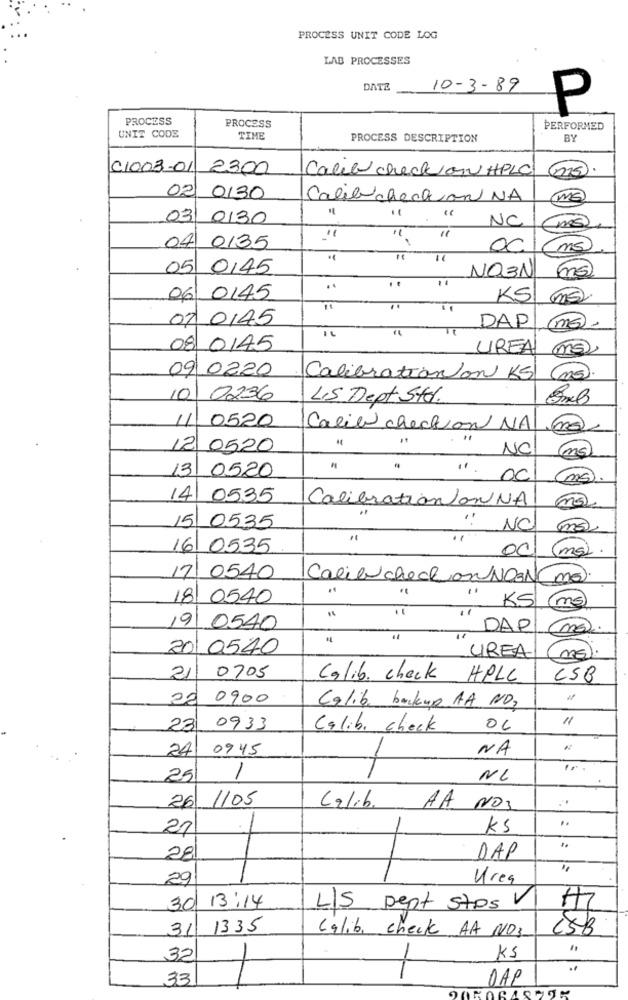
PROCESS UNIT CODE LOG
LAB PROCESSES
DATE
10-3-89
P
PROCESS
PROCESS
PERFORMED
UNIT CODE
TIME
PROCESS DESCRIPTION
BY
01003-01
2300
Caleb check on HPLC
02
0130
Calib chechian NA
Ma
03 0130
NC
04 0135
00
ms
"1
05
0,45
NO3N
ms)
..
..
06 0145
KS
ms
07 0145
- 11
DAP (MG).
08 0145
UREA
Ms
09 0220
Calibration on KS m.
10 0236
45 Dept Ster.
11
0520
Calib chection NA
12 0520
NC
(ms)
13
0520
". 00
(mg).
14
0535
ms.
Calibration/anNA
15
0535
NC
ms).
16 0535
00
(ms).
17/
0540
Calib check on NO3N
ma).
18 0540
KS
(ms)
19
0540
DAP
ma.
201 0540
UREA
(ME).
21
0705
Calib. check
HPLC
CSB
22
0900
Calib. backup AA NO,
11
23
0933
Calib. check
06
24
0945
NA
1
25
NL
1105
26
Calib.
AA
NO
21
KS
28
DAP
29
Urea
13:14
30
LIS pept Stos V
31
1335
Calib, check AA NO3
CSB
32
KS
33
DAP